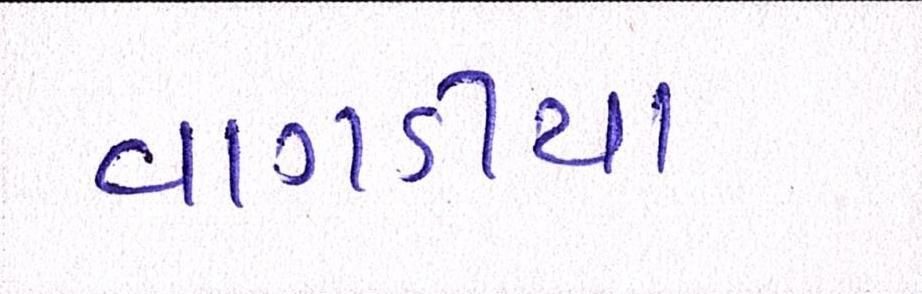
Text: વાગડીયા